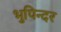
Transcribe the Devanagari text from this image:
भुपिन्दर